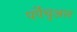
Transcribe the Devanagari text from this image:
पर्पेचुअल